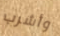
وأشرب